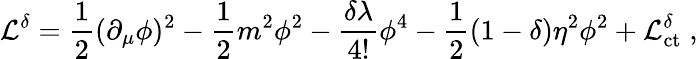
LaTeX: {\cal L}^{\delta}=\frac{1}{2}(\partial_{\mu}\phi)^{2}-\frac{1}{2}m^{2}\phi^{2}-\frac{\delta\lambda}{4!}\phi^{4}-\frac{1}{2}(1-\delta)\eta^{2}\phi^{2}+{\cal L}_{\mathrm{ct}}^{\delta}\; ,